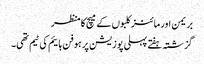
بریمن اور مائنز کلبوں کے میچ کا منظر
گزشتہ ہفتے پہلی پوزیشن پر ہوفن ہائیم کی ٹیم تھی۔